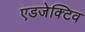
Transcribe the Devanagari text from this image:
एडजेक्टिव